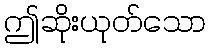
ဤဆိုးယုတ်သော